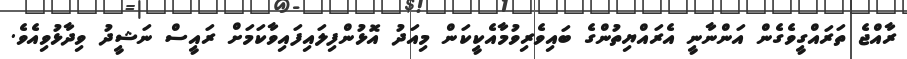
ރާއްޖެ ތަރައްގީވެގެން އަންނާނީ އެރައްޔިތުންގެ ބައިވެރިވުމާއެކީކަން މިއަދު އޮޅުންފިލައިފައިވާކަމަށް ރައީސް ނަޝީދު ވިދާޅުވިއެވެ.